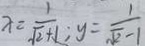
x = \frac { 1 } { \sqrt { 2 } + 1 } ; y = \frac { 1 } { \sqrt { 2 } - 1 }